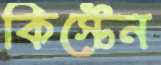
কিস্টেন